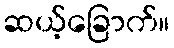
ဆယ့်ခြောက်။